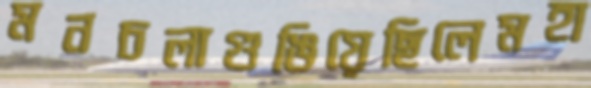
মনচলাগুঙিয়েছিলেমহা